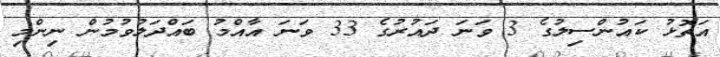
އަތޮޅު ކައުންސިލުގެ 3 ވަނަ ދައުރުގެ 33 ވަނަ އާއްމު ބައްދަލުވުމުން ނިންމި